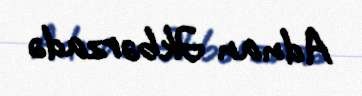
Adnan Əkbərzadə